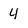
Character: 4